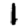
Digit: 1